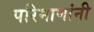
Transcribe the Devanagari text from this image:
परिमाणांनी